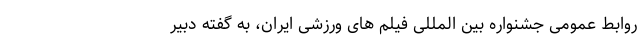
روابط عمومی جشنواره بین المللی فیلم های ورزشی ایران، به گفته دبیر